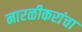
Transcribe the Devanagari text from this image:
नारळीकरांचा